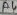
Text: A4